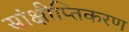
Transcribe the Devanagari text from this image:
सांक्षीप्तिकरण